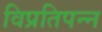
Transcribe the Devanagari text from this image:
विप्रतिपन्न